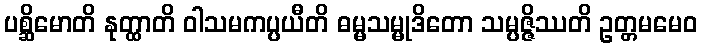
ပစ္ဆိမောတိ နုတ္ထာတိ ဝါသမကပ္ပယီတိ ဓမ္မသမ္မုဒိတော သမ္ပဇ္ဇိဿတိ ဥတ္တမမေဝ